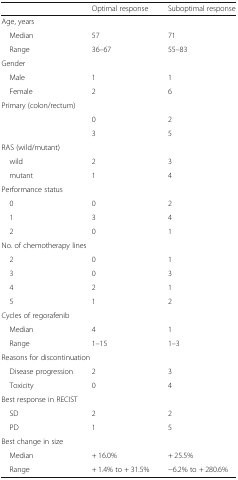
<table><thead><tr><td></td><td><b>Optimal response</b></td><td><b>Suboptimal response</b></td></tr></thead><tbody><tr><td colspan="3">Age, years</td></tr><tr><td> Median</td><td>57</td><td>71</td></tr><tr><td> Range</td><td>36–67</td><td>55–83</td></tr><tr><td colspan="3">Gender</td></tr><tr><td> Male</td><td>1</td><td>1</td></tr><tr><td> Female</td><td>2</td><td>6</td></tr><tr><td colspan="3">Primary (colon/rectum)</td></tr><tr><td></td><td>0</td><td>2</td></tr><tr><td></td><td>3</td><td>5</td></tr><tr><td colspan="3">RAS (wild/mutant)</td></tr><tr><td> wild</td><td>2</td><td>3</td></tr><tr><td> mutant</td><td>1</td><td>4</td></tr><tr><td colspan="3">Performance status</td></tr><tr><td> 0</td><td>0</td><td>2</td></tr><tr><td> 1</td><td>3</td><td>4</td></tr><tr><td> 2</td><td>0</td><td>1</td></tr><tr><td colspan="3">No. of chemotherapy lines</td></tr><tr><td> 2</td><td>0</td><td>1</td></tr><tr><td> 3</td><td>0</td><td>3</td></tr><tr><td> 4</td><td>2</td><td>1</td></tr><tr><td> 5</td><td>1</td><td>2</td></tr><tr><td colspan="3">Cycles of regorafenib</td></tr><tr><td> Median</td><td>4</td><td>1</td></tr><tr><td> Range</td><td>1–15</td><td>1–3</td></tr><tr><td colspan="3">Reasons for discontinuation</td></tr><tr><td> Disease progression</td><td>2</td><td>3</td></tr><tr><td> Toxicity</td><td>0</td><td>4</td></tr><tr><td colspan="3">Best response in RECIST</td></tr><tr><td> SD</td><td>2</td><td>2</td></tr><tr><td> PD</td><td>1</td><td>5</td></tr><tr><td colspan="3">Best change in size</td></tr><tr><td> Median</td><td>+ 16.0%</td><td>+ 25.5%</td></tr><tr><td> Range</td><td>+ 1.4% to + 31.5%</td><td>−6.2% to + 280.6%</td></tr></tbody></table>